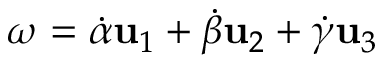
{ \boldsymbol { \omega } } = { \dot { \alpha } } \mathbf { u } _ { 1 } + { \dot { \beta } } \mathbf { u } _ { 2 } + { \dot { \gamma } } \mathbf { u } _ { 3 }